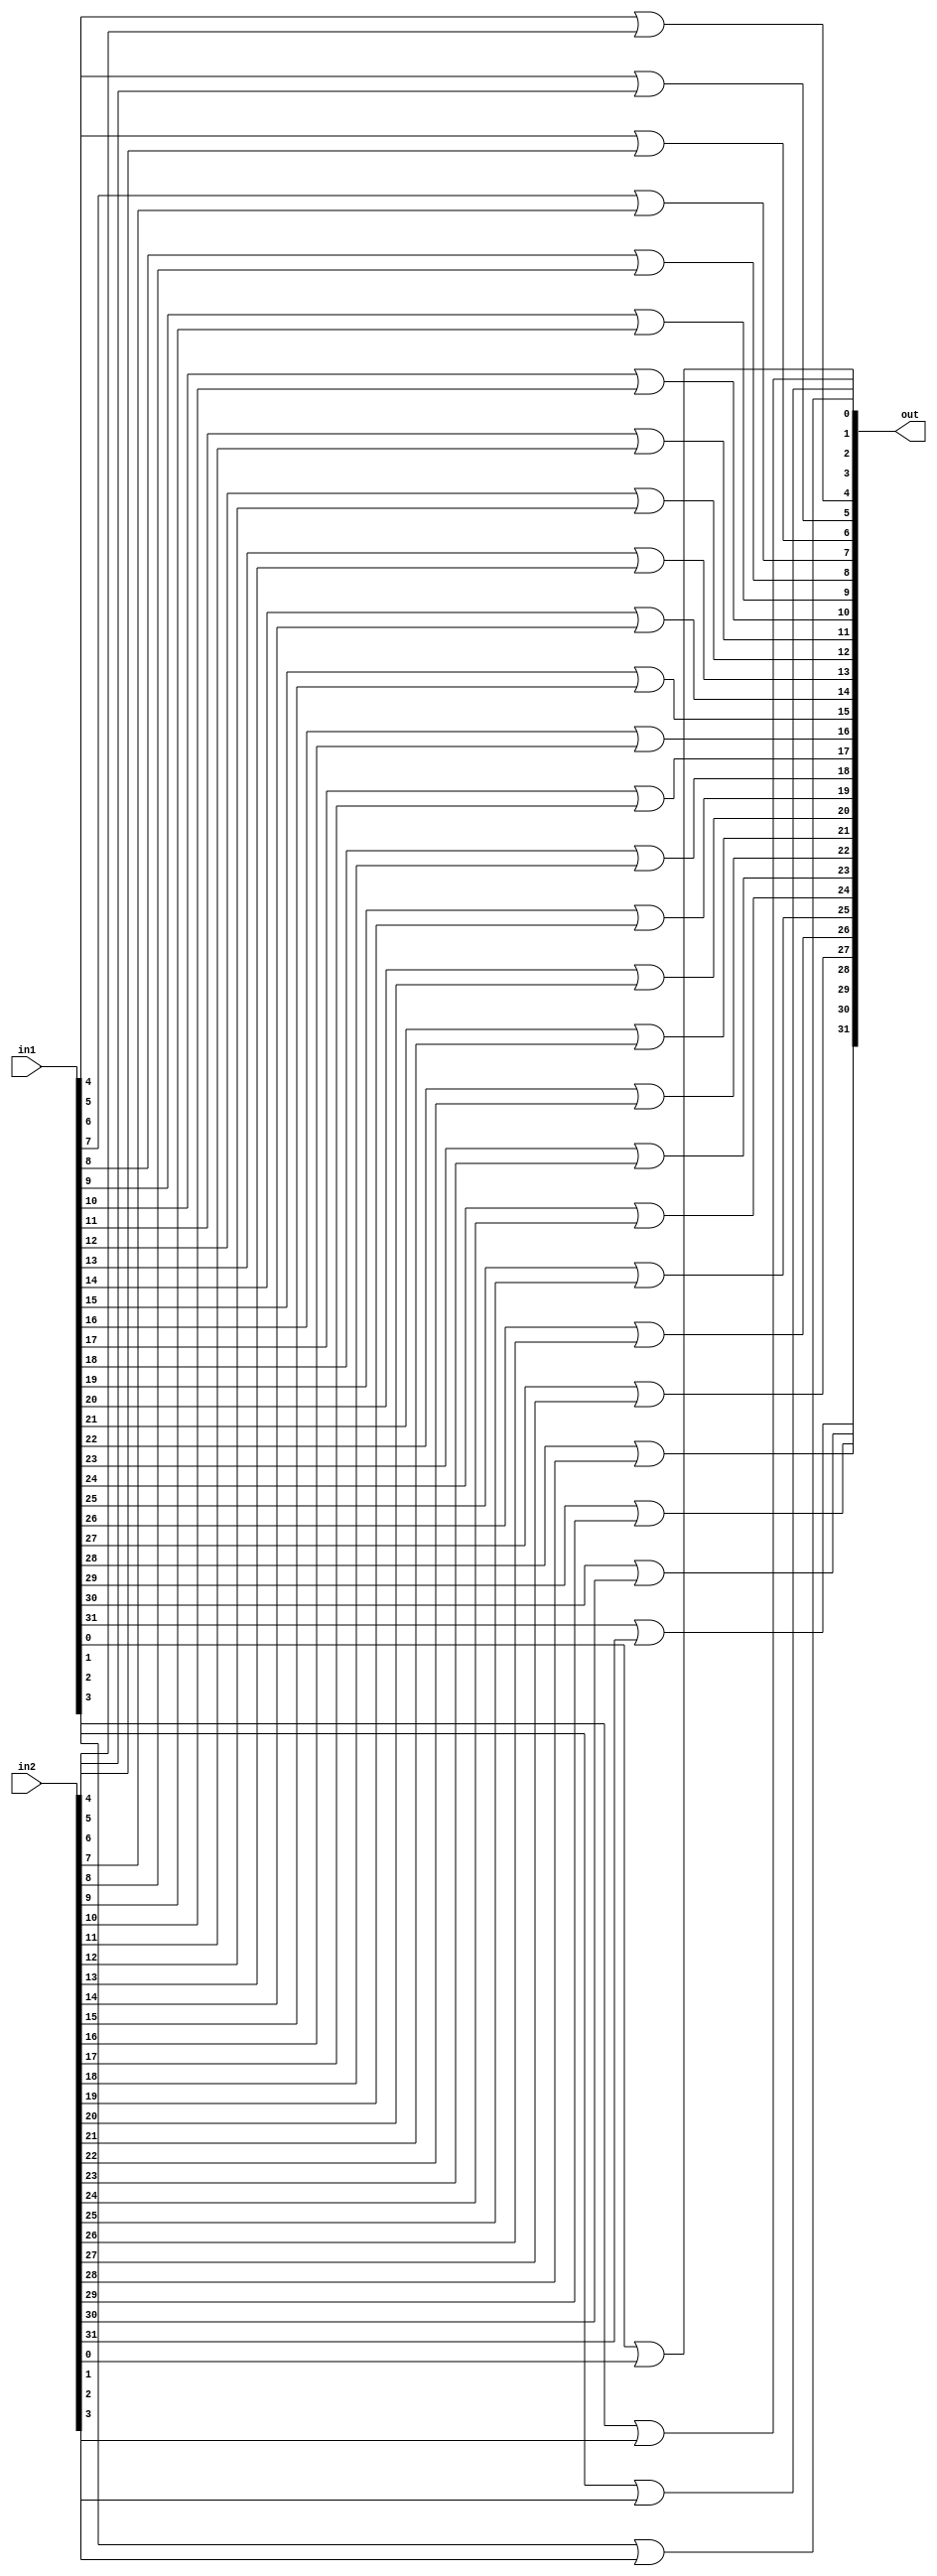
module bitwise_or (in1, in2,out);

input [31:0]in1,in2;
output [31:0]out;

or(out[0],in1[0],in2[0]);
or(out[1],in1[1],in2[1]);
or(out[2],in1[2],in2[2]);
or(out[3],in1[3],in2[3]);
or(out[4],in1[4],in2[4]);
or(out[5],in1[5],in2[5]);
or(out[6],in1[6],in2[6]);
or(out[7],in1[7],in2[7]);
or(out[8],in1[8],in2[8]);
or(out[9],in1[9],in2[9]);
or(out[10],in1[10],in2[10]);
or(out[11],in1[11],in2[11]);
or(out[12],in1[12],in2[12]);
or(out[13],in1[13],in2[13]);
or(out[14],in1[14],in2[14]);
or(out[15],in1[15],in2[15]);
or(out[16],in1[16],in2[16]);
or(out[17],in1[17],in2[17]);
or(out[18],in1[18],in2[18]);
or(out[19],in1[19],in2[19]);
or(out[20],in1[20],in2[20]);
or(out[21],in1[21],in2[21]);
or(out[22],in1[22],in2[22]);
or(out[23],in1[23],in2[23]);
or(out[24],in1[24],in2[24]);
or(out[25],in1[25],in2[25]);
or(out[26],in1[26],in2[26]);
or(out[27],in1[27],in2[27]);
or(out[28],in1[28],in2[28]);
or(out[29],in1[29],in2[29]);
or(out[30],in1[30],in2[30]);
or(out[31],in1[31],in2[31]);

endmodule